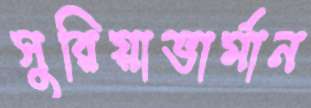
সুরিয়াভার্মান